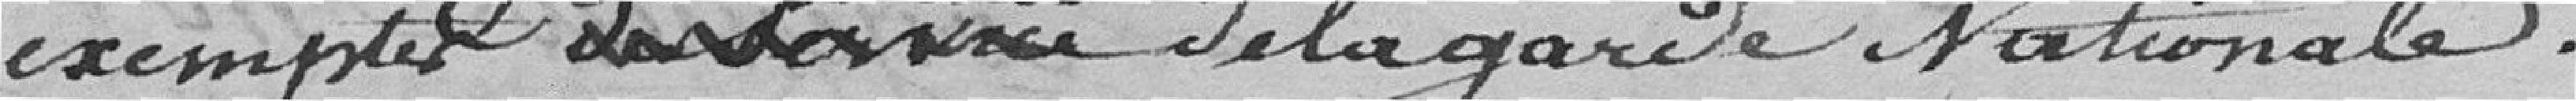
exempté des exercices de la garde nationale.